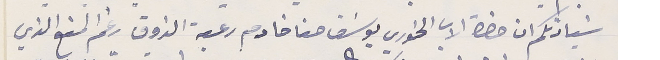
سَيادتكم ان حضرة الاب الخوري يوسَف حنا خادم رعية الذوق رغم المنع الذي